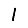
Digit: 1